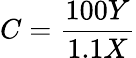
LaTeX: C={\frac{100Y}{1.1X}}